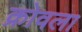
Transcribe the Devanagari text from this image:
क्रोवला